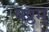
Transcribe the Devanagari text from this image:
षष्ठम्‌